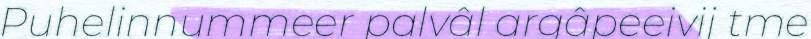
Puhelinnummeer palvâl argâpeeivij tme